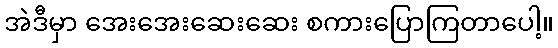
အဲဒီမှာ အေးအေးဆေးဆေး စကားပြောကြတာပေါ့။